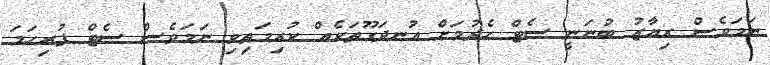
ނަމަވެސް ރިޔާޒު ބުނަނީ ސެޓް ހެދުމަށް އުނދަގޫތަކެއް ކުރިމަތިވި ނަމަވެސް ސެޓް ފުރިހަމަ